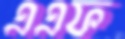
এএফ